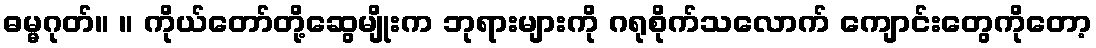
ဓမ္မဂုတ်။ ။ ကိုယ်တော်တို့ဆွေမျိုးက ဘုရားများကို ဂရုစိုက်သလောက် ကျောင်းတွေကိုတော့